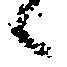
候